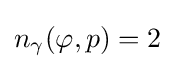
n_{\gamma }(\varphi ,p)=2